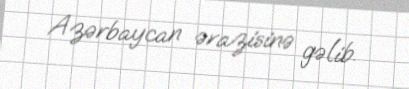
Azərbaycan ərazisinə gəlib.